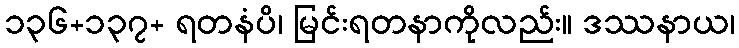
၁၃၆+၁၃၇+ ရတနံပိ၊ မြင်းရတနာကိုလည်း။ ဒဿနာယ၊